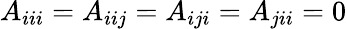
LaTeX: A_{iii}=A_{iij}=A_{iji}=A_{jii}=0